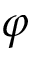
\varphi